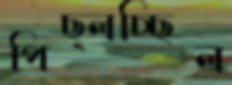
পিছ্‌লচ্ছিল